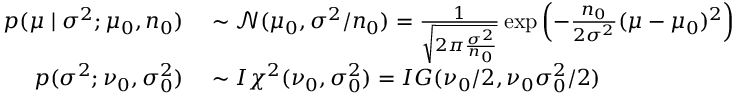
\begin{array} { r l } { p ( \mu \mid \sigma ^ { 2 } ; \mu _ { 0 } , n _ { 0 } ) } & { { } \sim { \mathcal { N } } ( \mu _ { 0 } , \sigma ^ { 2 } / n _ { 0 } ) = { \frac { 1 } { \sqrt { 2 \pi { \frac { \sigma ^ { 2 } } { n _ { 0 } } } } } } \exp \left( - { \frac { n _ { 0 } } { 2 \sigma ^ { 2 } } } ( \mu - \mu _ { 0 } ) ^ { 2 } \right) } \\ { p ( \sigma ^ { 2 } ; \nu _ { 0 } , \sigma _ { 0 } ^ { 2 } ) } & { { } \sim I \chi ^ { 2 } ( \nu _ { 0 } , \sigma _ { 0 } ^ { 2 } ) = I G ( \nu _ { 0 } / 2 , \nu _ { 0 } \sigma _ { 0 } ^ { 2 } / 2 ) } \end{array}